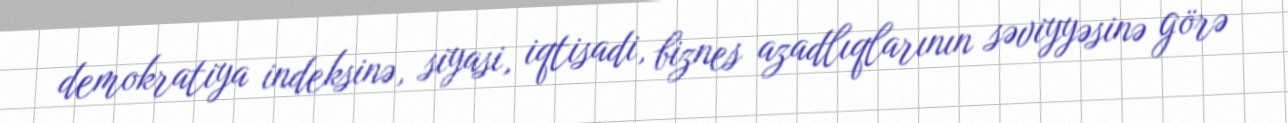
demokratiya indeksinə, siyasi, iqtisadi, biznes azadlıqlarının səviyyəsinə görə